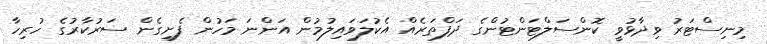
މިނިސްޓަރު ވިދާޅުވީ ކޮންސަލްޓަންޓުންގެ ދަފްތަރެއް އެކުލަވައިލުމުން އަންނަ މަހުން ފެށިގެން ސަރުކާރުގެ ހުރިހާ